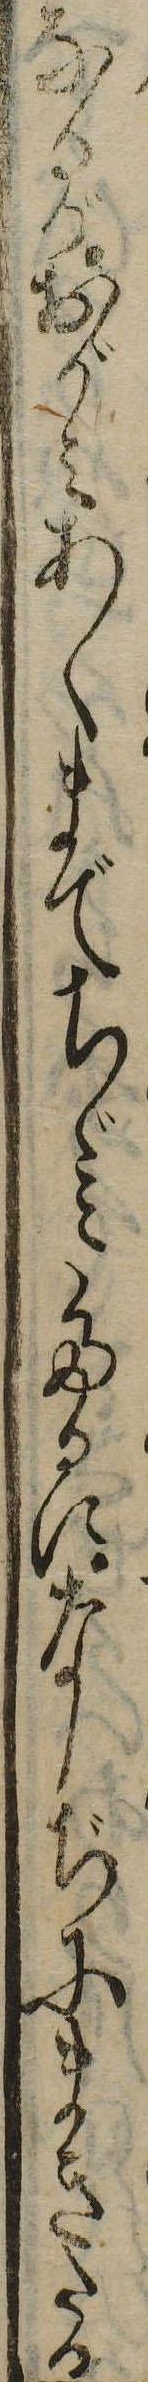
なるがおがみあくまでちゞみたるになしぢにまきたる